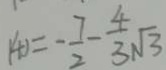
( 4 ) = - \frac { 7 } { 2 } - \frac { 4 } { 3 } \sqrt { 3 }